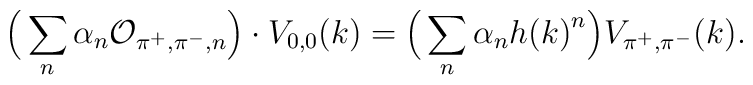
\Big (\sum_n \alpha_n {\cal O}_{\pi^+,\pi^-,n}\Big ) \cdot V_{0,0}(k) = \Big ( \sum_n \alpha_n  {h(k)}^n \Big ) V_{\pi^+,\pi^-}(k).